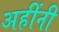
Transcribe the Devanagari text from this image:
अहींनी